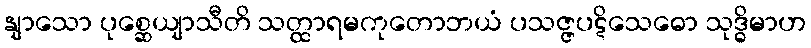
နျာသော ပုစ္ဆေယျာသီတိ သတ္ထာရမကုတောဘယံ ပသဇ္ဇပဋိသေဓော သုဒ္ဓိမာဟ